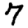
Digit: 7